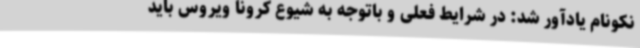
نکونام یادآور شد: در شرایط فعلی و باتوجه به شیوع کرونا ویروس باید